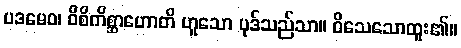
ပဒမေဝ၊ ဝိစိကိစ္ဆာဟောတိ ဟူသော ပုဒ်သည်သာ။ ဝိသေသောထူး၏။